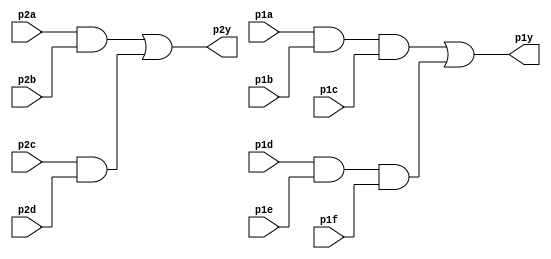
module top_module(
    input p1a, p1b, p1c, p1d, p1e, p1f,
            p2a, p2b, p2c, p2d,
    output p1y, p2y
);

    wire w1, w2, w3, w4;

    assign w1 = p1a&p1b&p1c;
    assign w2 = p1d&p1e&p1f;
    assign w3 = p2a&p2b;
    assign w4 = p2c&p2d;

    assign p1y = w1|w2;
    assign p2y = w3|w4;

    /*
        Second Way:
          wire w1, w2, w3, w4;
          
          and(w1, p1a, p1b, p1c);
          and(w2, p1d, p1e, p1f);
          and(w3, p2a, p2b);
          and(w4, p2c, p2d);
          
          or(p1y, w1, w2);
          or(p2y, w3, w4);
   
        Third Way:
            assign p1y = (p1a&p1b&p1c | p1d&p1e&p1f);
            assign p2y = (p2a&p2b | p2c&p2d);
    */

endmodule